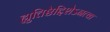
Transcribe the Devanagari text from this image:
ह्युत्तिष्ठेद्दिशेऽनत्वा